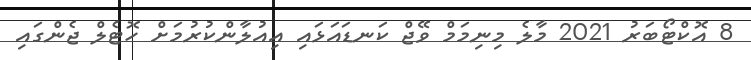
8 އޮކްޓޯބަރު 2021 މާލެ މިނިމަމް ވޭޖް ކަނޑައަޅައި އިއުލާންކުރުމަށް ހޮޓެލް ޖެންގައި